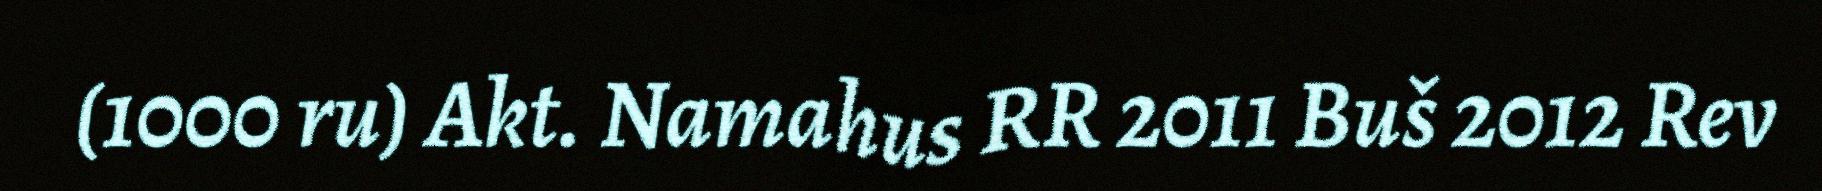
(1000 ru) Akt. Namahus RR 2011 Buš 2012 Rev